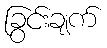
ခြွင်းချက်